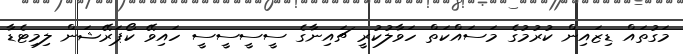
މަގުތައް ޑިޒައިން ކުރުމުގެ މަސައްކަތް ހަވާލުކުރީ ޗައިނާގެ ސީސީސީސީ ހައިވޭ ކޯޕަރޭޝަން ލިމިޓެޑާ